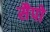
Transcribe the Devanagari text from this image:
सैपो